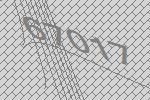
67017